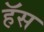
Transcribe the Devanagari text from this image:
हॅस